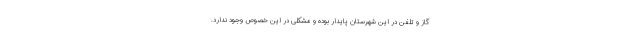
گاز و تلفن در این شهرستان پایدار بوده و مشکلی در این خصوص وجود ندارد.